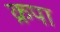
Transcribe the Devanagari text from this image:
क्रपा